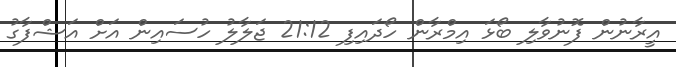
އީރާނުން ފޮނުވާލި ބޯޅަ އިމްރާން ހޯދައިފި 21:12 ޖަލާލު ހުސައިން އަށް އަޝްފާގު